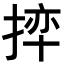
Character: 𪮊